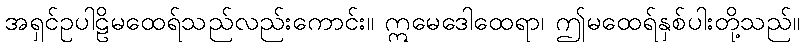
အရှင်ဥပါဠိမထေရ်သည်လည်းကောင်း။ ဣမေဒေါထေရာ၊ ဤမထေရ်နှစ်ပါးတို့သည်။